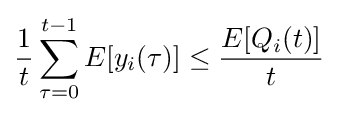
{\frac {1}{t}}\sum _{\tau =0}^{t-1}E[y_{i}(\tau )]\leq {\frac {E[Q_{i}(t)]}{t}}